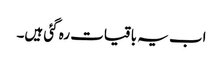
اب یہ باقیات رہ گئی ہیں۔